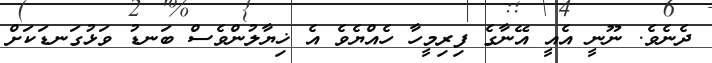
ދެނެވެ. ނޫނީ އެއީ އޭނާގެ ފިރިމީހާ ހެއްޔެވެ އެ ޚިޔާލުންވެސް ބަނޑު ވަޅުގަނޑަކަށް